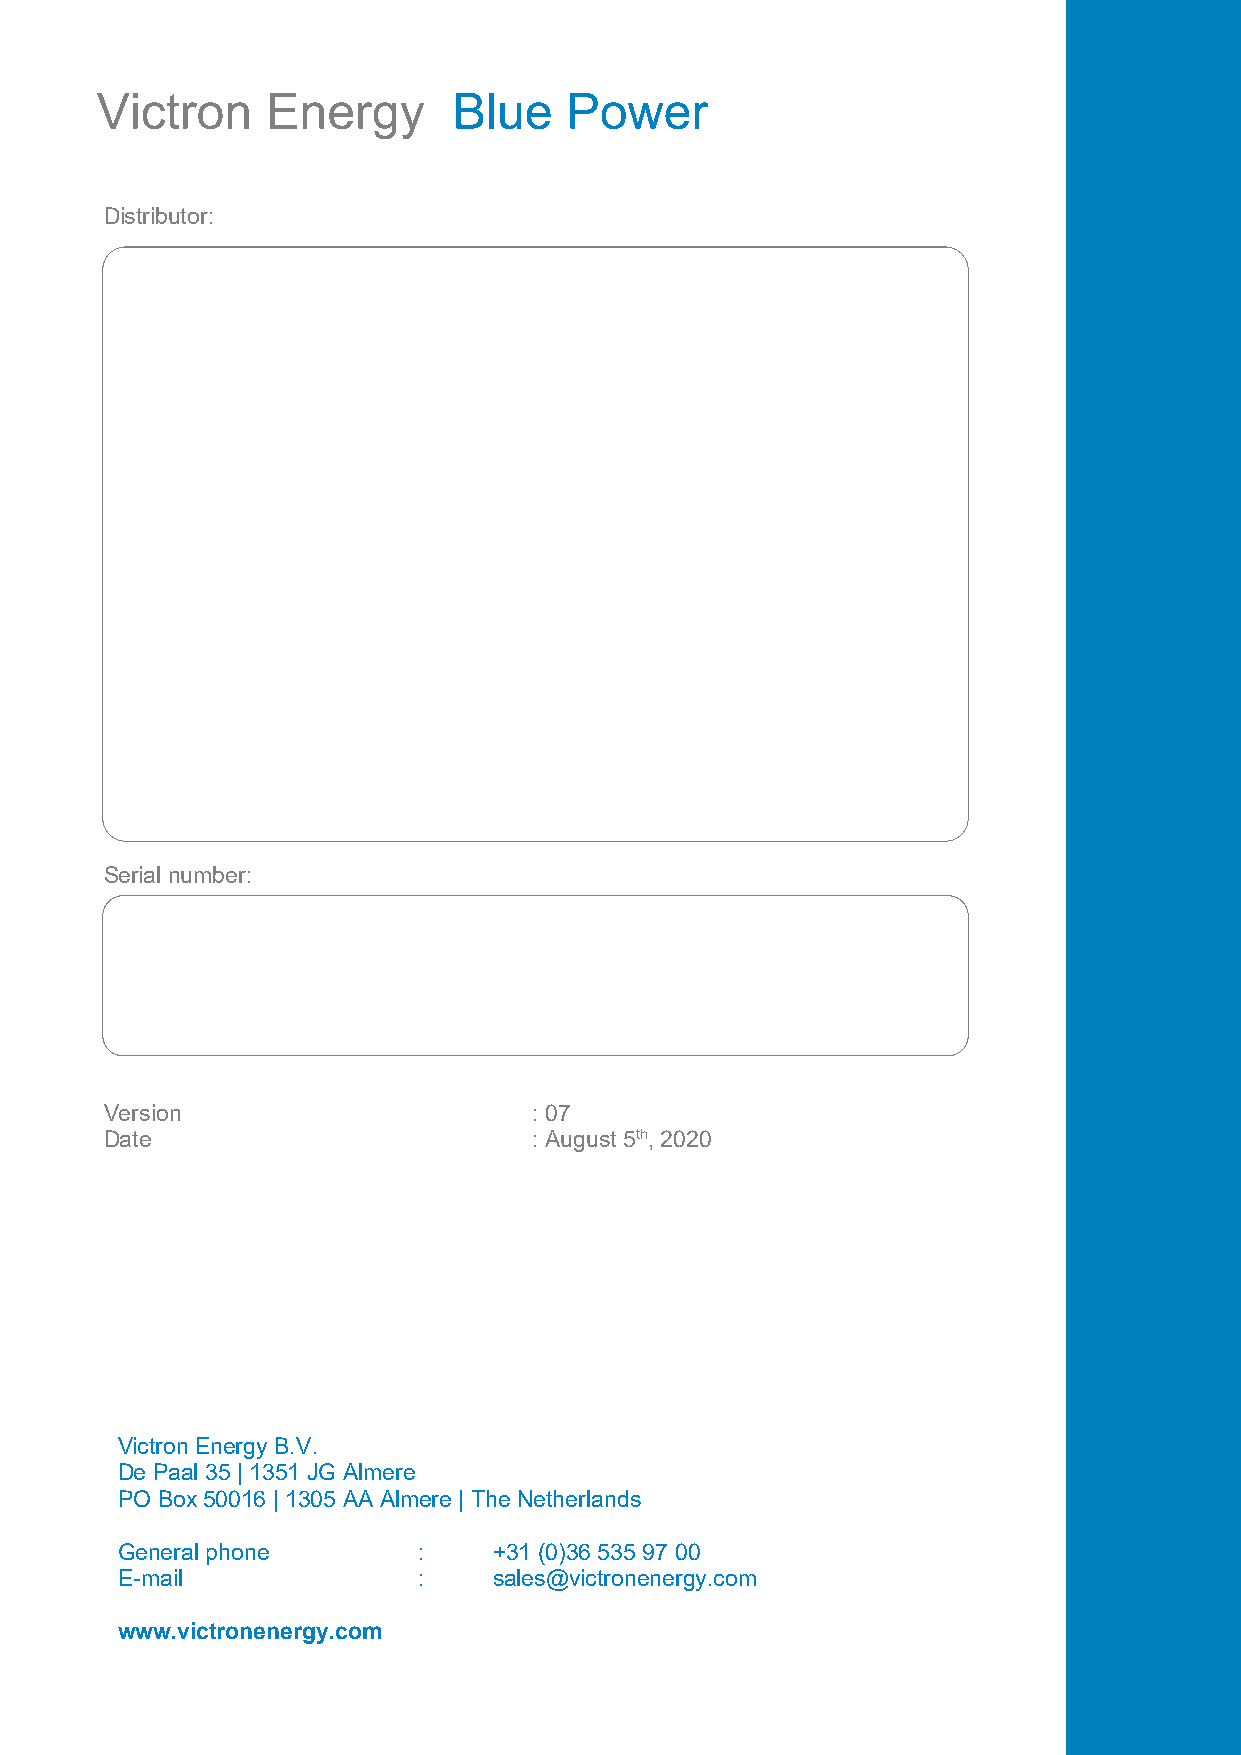
Victron     Energy      Blue   Power
 Distributor:
 Serial number:
 Version                     : 07
 Date                        : August 5th, 2020
 Victron Energy B.V.
 De Paal 35 | 1351 JG Almere
 PO Box 50016 | 1305 AA Almere | The Netherlands
 General phone       :    +31 (0)36 535 97 00
 E-mail              :    sales@victronenergy.com
 www.victronenergy.com